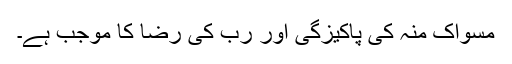
مسواک منہ کی پاکیزگی اور رب کی رضا کا موجب ہے۔